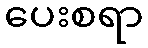
ပေးစရာ